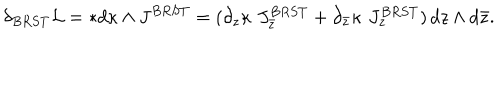
\delta _ { B R S T } { \cal L } = * d \kappa \wedge J ^ { B R S T } = ( \partial _ { z } \kappa \, \, J _ { \bar { z } } ^ { B R S T } + \partial _ { \bar { z } } \kappa \, \, J _ { z } ^ { B R S T } ) \, d z \wedge d \bar { z } .